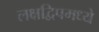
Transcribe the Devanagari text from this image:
लक्षद्विपमध्ये